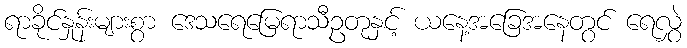
ရာခိုင်နှုန်းများစွာ ဒေသရေမြေရာသီဥတုနှင့် ယနေ့အခြေအနေတွင် ရေလွှဲ